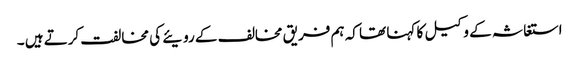
استغاثہ کے وکیل کا کہنا تھا کہ ہم فریق مخالف کے رویئے کی مخالفت کرتے ہیں ۔